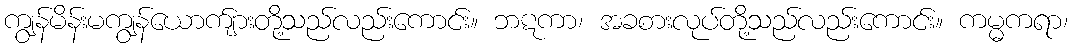
ကျွန်မိန်းမကျွန်ယောက်ျားတို့သည်လည်းကောင်း။ ဘဋကာ၊ အခစားလုပ်တို့သည်လည်းကောင်း။ ကမ္မကရာ၊